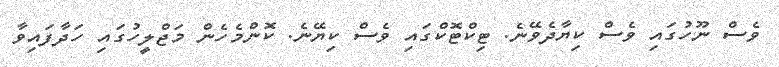
ވެސް ނޫހުގައި ވެސް ކިޔާދެވޭނެ. ޓިކްޓޮކްގައި ވެސް ކިޔޭނެ. ކޮންމެހެން މަޖްލީހުގައި ހަދާފައިވާ